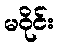
မဝိုင်း